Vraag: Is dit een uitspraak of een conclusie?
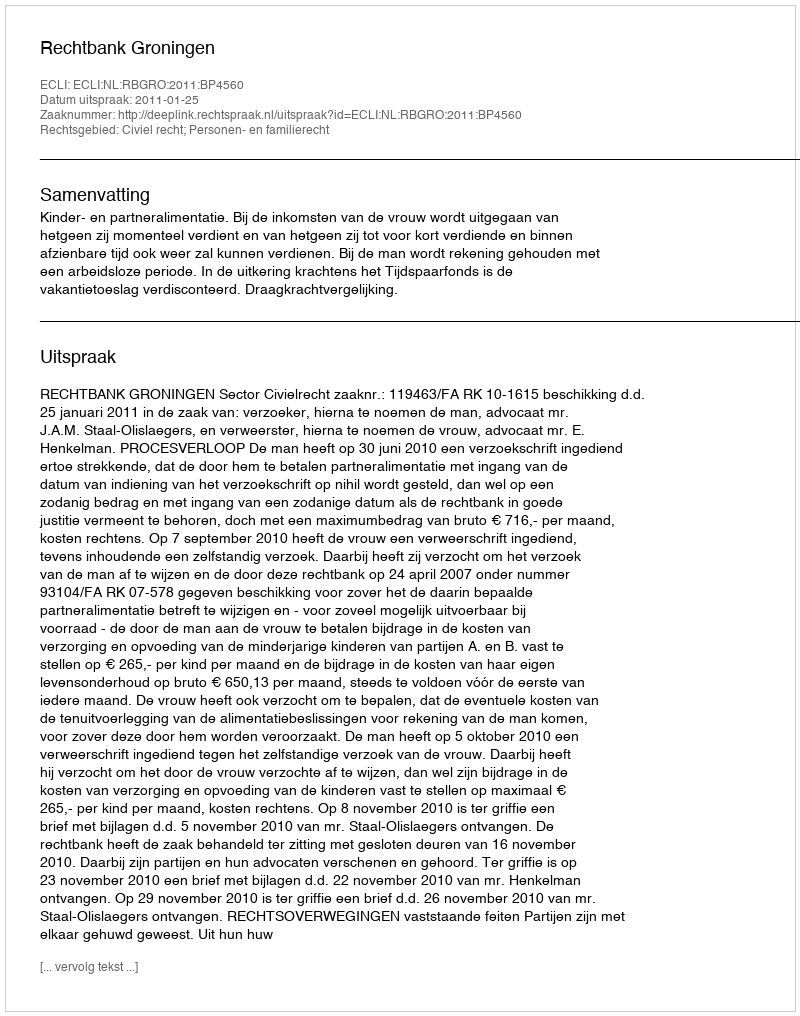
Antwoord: Uitspraak